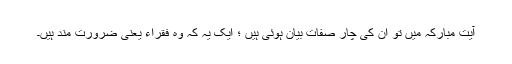
آیت مبارکہ میں تو ان کی چار صفات بیان ہوئی ہیں ؛ ایک یہ کہ وہ فقراء یعنی ضرورت مند ہیں۔